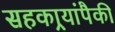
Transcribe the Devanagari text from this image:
सहकार्‍यांपैकी